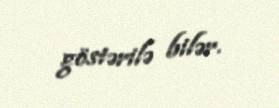
göstərilə bilər.